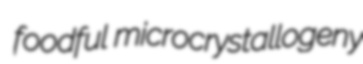
foodful microcrystallogeny